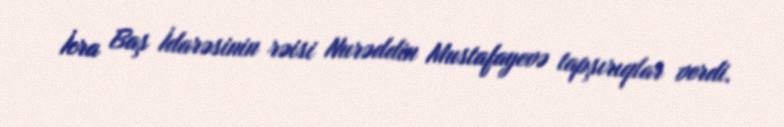
İcra Baş İdarəsinin rəisi Nurəddin Mustafayevə tapşırıqlar verdi.